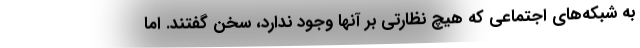
به شبکه‌های اجتماعی که هیچ نظارتی بر آنها وجود ندارد، سخن گفتند. اما